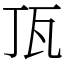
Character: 㼗